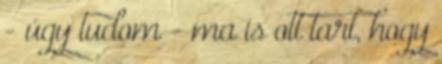
- úgy tudom - ma is ott tart, hogy